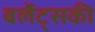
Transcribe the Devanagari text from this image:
बर्लेट्सकी